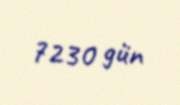
7230 gün